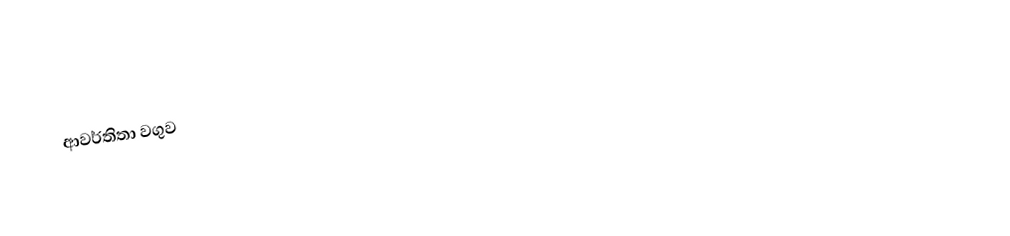
ආවර්තිතා වගුව